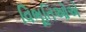
વિભૂતિઓએ